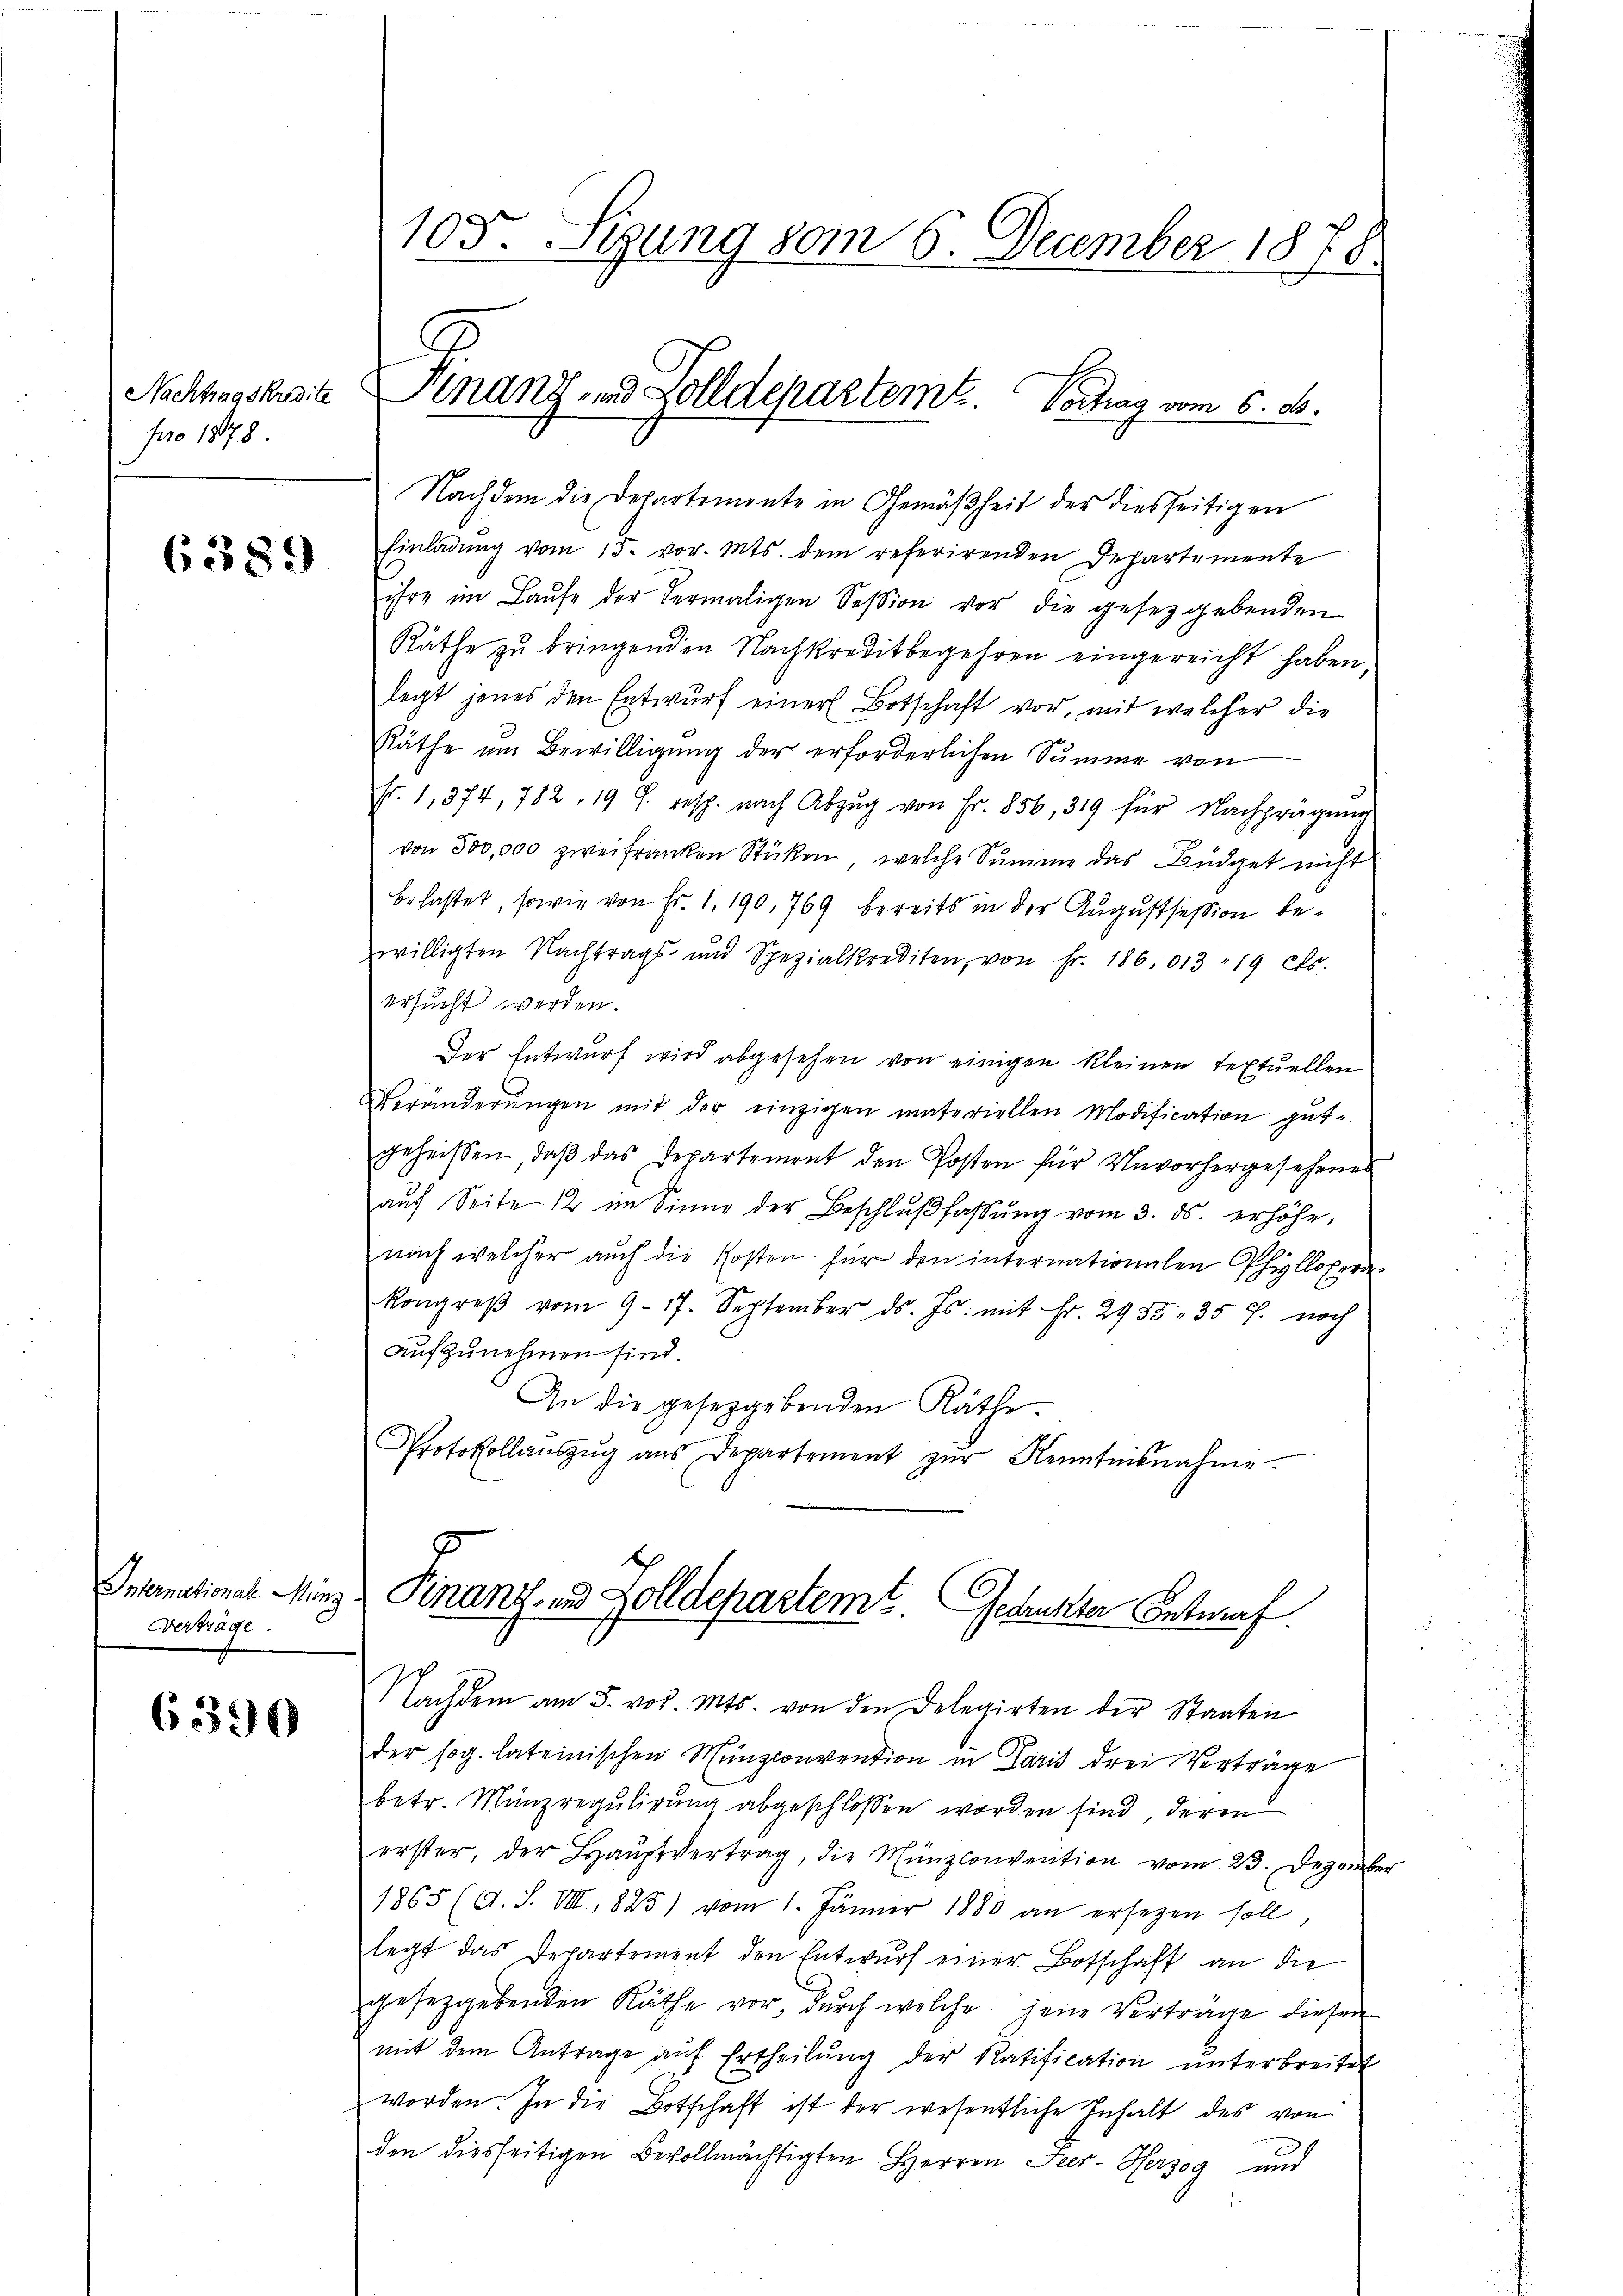
Nachtragskredite
pro 1878

6389

Internationale Münz
Verträge.

6390

103. Sizung vom 6. December 1878

Finanz- und Zolldepartemt. Vertrag vom 6. d.

Nachdem die Departemente in Gemäßheit der diesseitigen
Einladŭng vom 15. vor. Mts. dem referirenden Departemente
ihre im Laŭfe der Hermaligen Session vor die gesetzgebenden
Räthe zu bringenden Nachkreditbegehren eingereicht haben,
legt jenes den Entwurf einer Botschaft vor, mit welcher die
Räthe um Bewilligung der erforderlichen Summe von
fr. 1, 374, 782, 19 S. resp. nach Abzŭg von Fr. 856, 319 für Nachprügŭng
von 500,000 zwei franken Stücken, welche Summe das Büdget nicht
belastet, sowie von Fr. 1. 190, 769 bereits in der Augustsession bewilligten Nachtrags- und Spezialkrediten, von Fr. 186. 1319 cts.
ersucht werden.
Der Entwurf wird abgesehen von einigen kleinen Textuellen
Veränderŭngen mit der einzigen materiellen Modification gut.
geheissen, daβ das Departement den Posten für Unvorhergesehenes
aŭf Seite 12 im Sinne der Beschlŭβ fassŭng vom 3. ds. erhöhe,
nach welcher aŭch die Kosten für den internationalen Phillopera-
Kongreβ vom 9. 17. September ds. Js. mit Fr. 2935. 35 f. noch
aufzunehmen sind.
An die gesetzgebenden Räthe.
Protokollaŭszŭg aŭs Departement zŭr Kenntnisnahme

Finanz- und Zolldepartemt Gedankten Antraf

Nachdem am 5. vor. Mts. von den Delegirten der Staaten
der sog. lateinischen Münzconvention in Paris drei Verträge
betr. Münzregulirung abgeschlossen worden sind, deren
erster, der Haŭptvertrag, die Münzconvention vom 23. Dezember
1865 (A. S. VIII, 825) vom 1. Jänner 1880 an ersezen soll
legt das Departement den Entwurf einer Botschaft an die
gesetzgebenden Räthe vor, dŭrch welche jene Verträge diesen

mit dem Antrage aŭf Ertheilŭng der Ratification ŭnterbreitet
worden. In die Botschaft ist der wesentliche Inhalt des von
den diesseitigen Bevollmächtigten Herren Feer- Herzog und